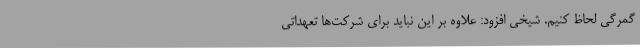
گمرگی لحاظ کنیم. شیخی افزود: علاوه بر این نباید برای شرکت‌ها تعهداتی